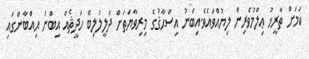
ކަމަށް ތާރީޚު ޢިލްމުވެރިން ލިޔުއްވައެވެ.އިބްނު އިސްޙާޤުގެ މިރިވާޔަތަށް ދަލީލުލިބޭ ހަދީޘެއް އިބްނު ޙިއްބާންގައި